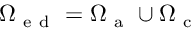
\Omega _ { \mathrm { ~ e ~ d ~ } } = \Omega _ { \mathrm { ~ a ~ } } \cup \Omega _ { \mathrm { ~ c ~ } }